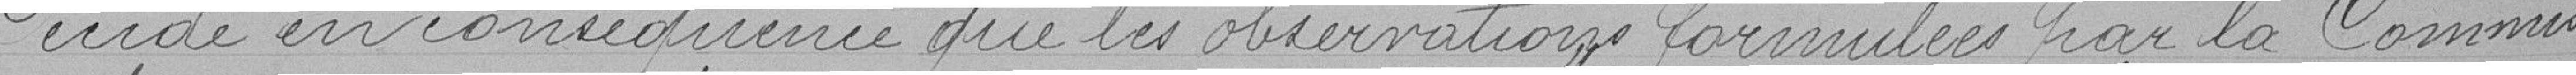
Décide en conséquence que les observations formulées par la Commis-